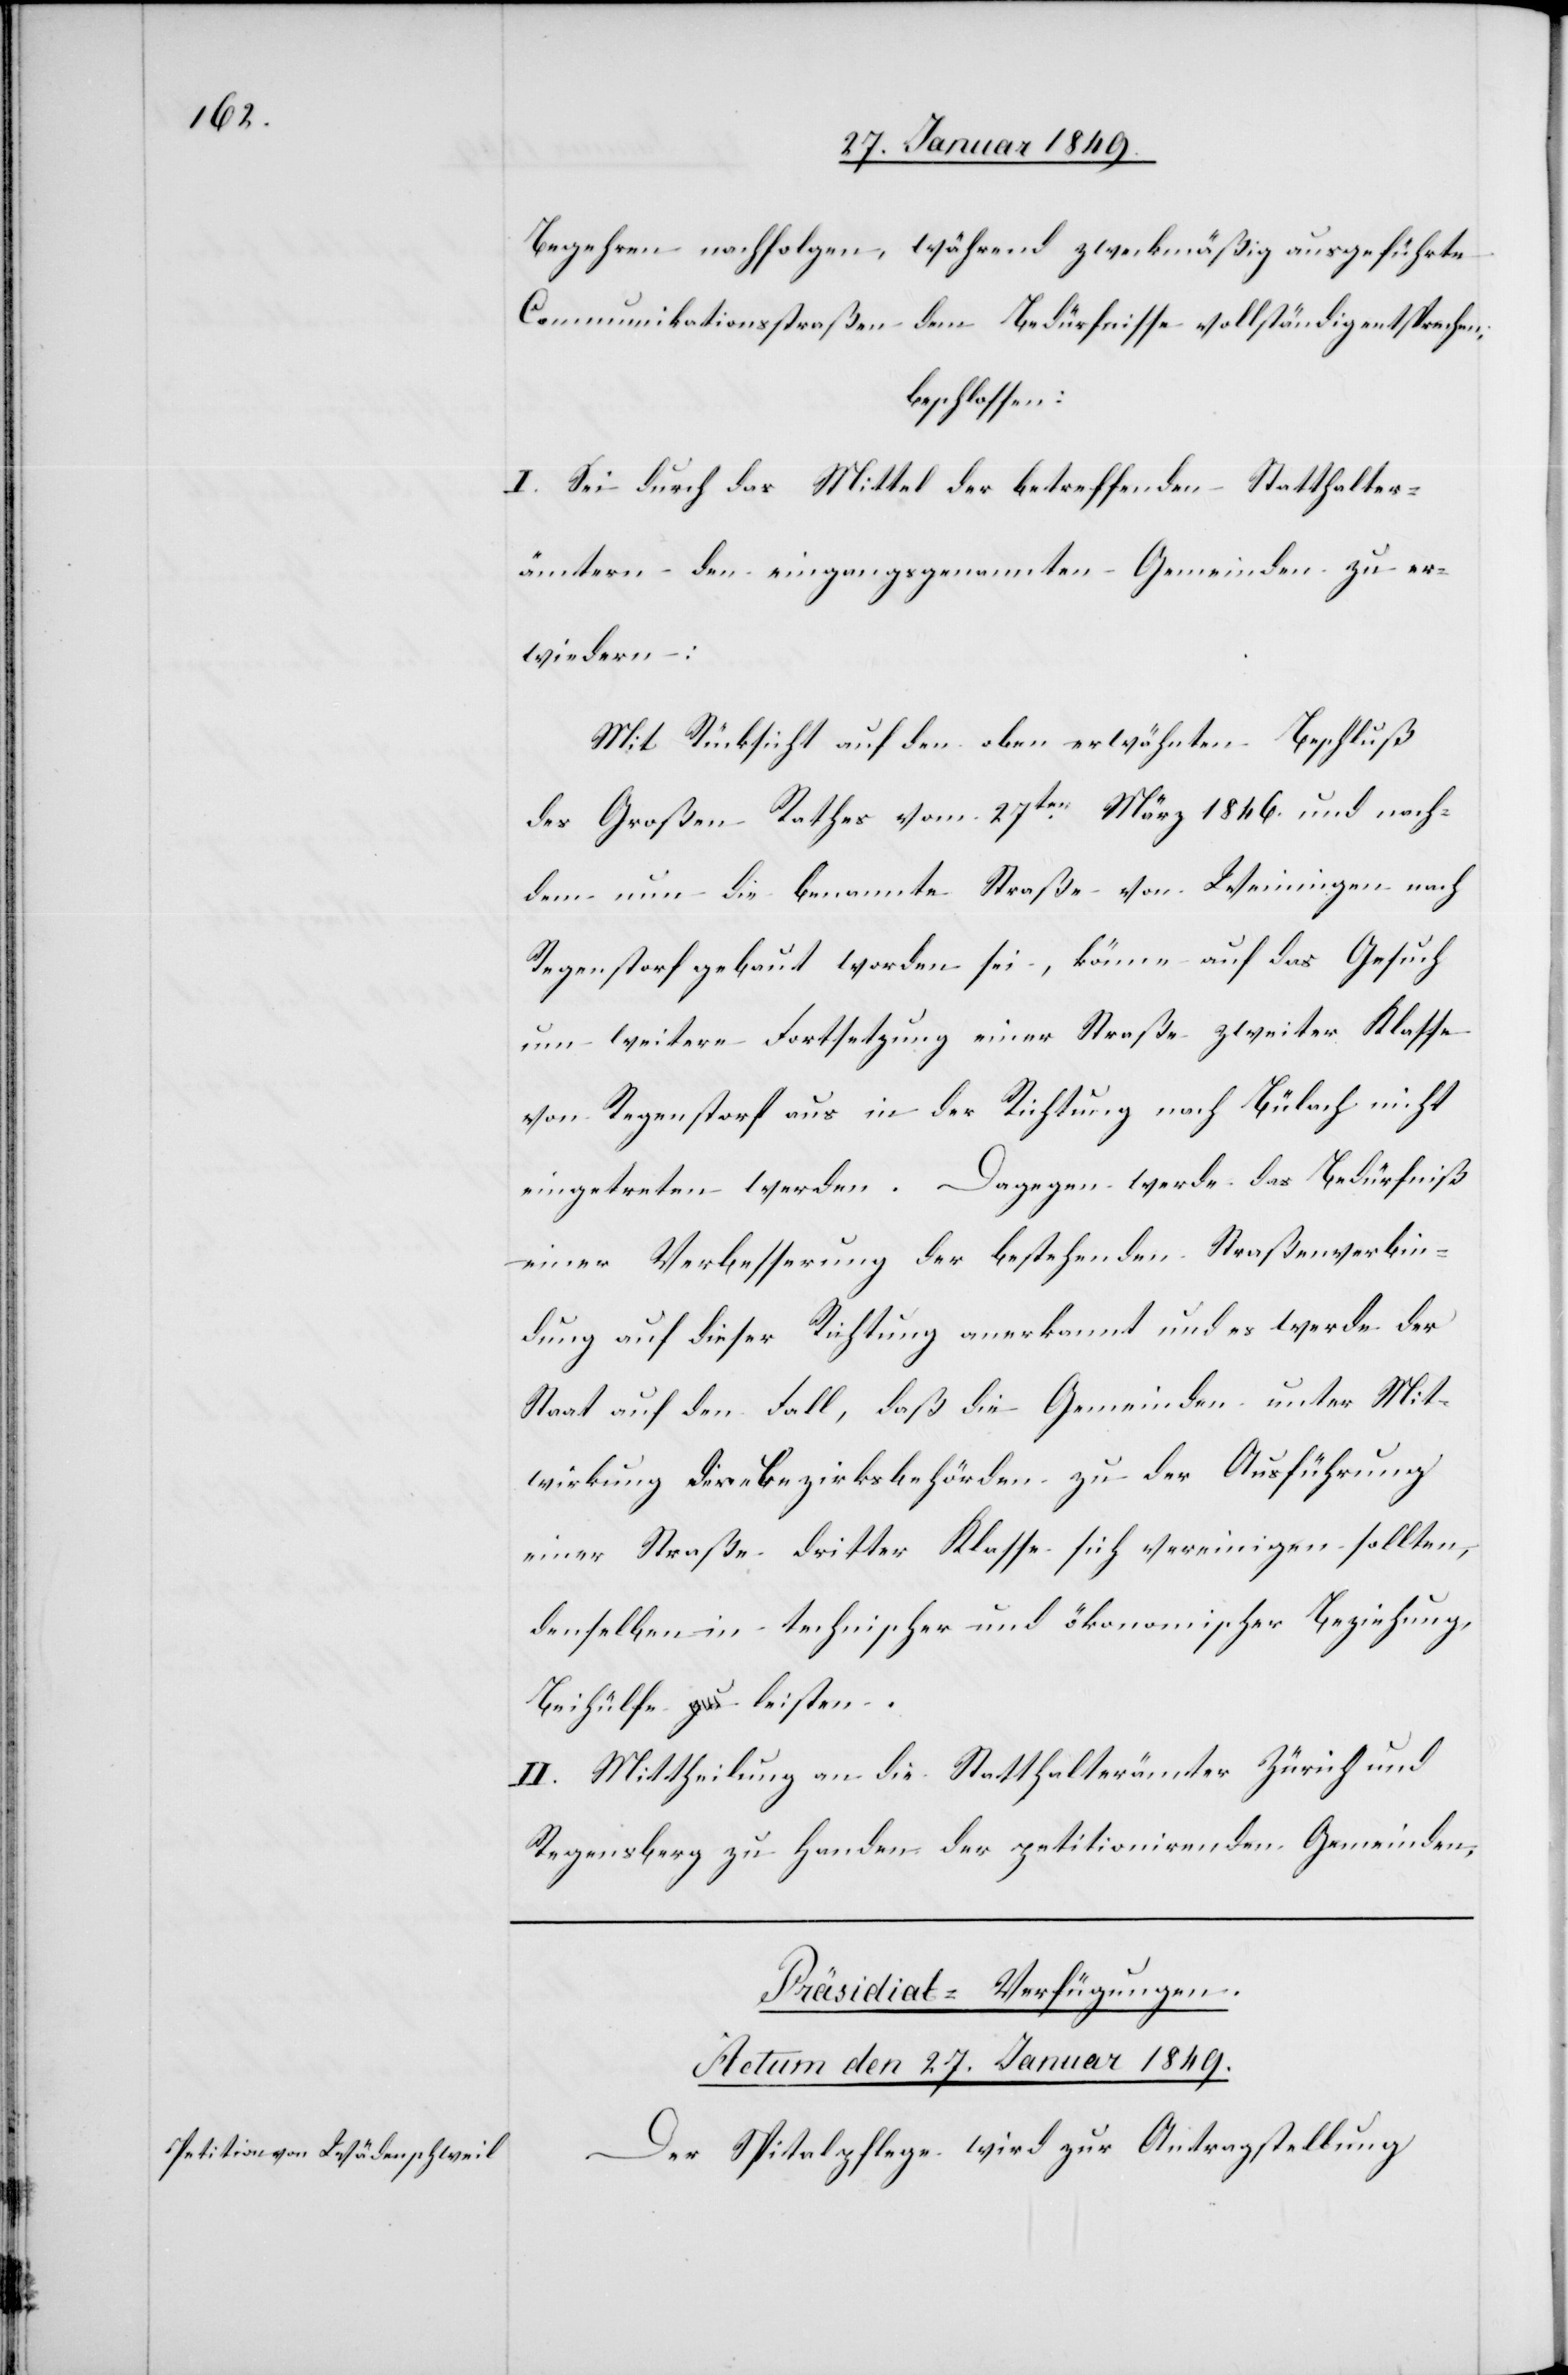
Begehren nachfolgen, während zweckmäßig ausgeführte
Communikationsstraßen dem Bedürfnisse vollständig entsprechen;
beschlossen:
I. Sei durch das Mittel der betreffenden Statthalter¬
ämtern den eingangs genannten Gemeinden zu er¬
wiedern:
Mit Rücksicht auf den oben erwähnten Beschluß
des Großen Rathes vom 27ten. März 1846. und nach¬
dem nun die benannte Straße von Weiningen nach
Regenstorf gebaut worden sei, könne auf das Gesuch
um weitere Fortsetzung einer Straße zweiter Klasse
von Regenstorf aus in der Richtung nach Bülach nicht
eingetreten werden. Dagegen werde das Bedürfniß
einer Verbesserung der bestehenden Straßenverbin¬
dung auf dieser Richtung anerkannt und es werde der
Staat auf den Fall, daß die Gemeinden unter Mit¬
wirkung deren Bezirksbehörden zu der Ausführung
einer Straße dritter Klasse sich vereinigen sollten,
denselben in technischer und ökonomischer Beziehung
Beihülfe leisten.
II. Mittheilung an die Statthalterämter Zürich und
Regensberg zu Handen der petitionirenden Gemeinden.
Präsidial-Verfügungen.
Actum den 27. Januar 1849.
Der Spitalpflege wird zur Antragstellung